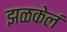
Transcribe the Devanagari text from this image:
झळकेलं